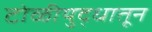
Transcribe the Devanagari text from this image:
टोळीयुद्धातून